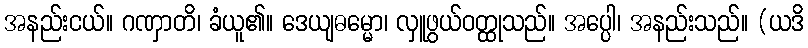
အနည်းငယ်။ ဂဏှာတိ၊ ခံယူ၏။ ဒေယျဓမ္မော၊ လှူဖွယ်ဝတ္ထုသည်။ အပ္ပေါ၊ အနည်းသည်။ (ယဒိ